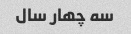
سه چهار سال